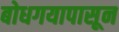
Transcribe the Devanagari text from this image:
बोधगयापासून